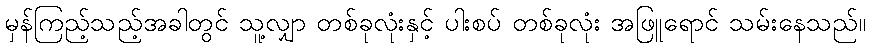
မှန်ကြည့်သည့်အခါတွင် သူ့လျှာ တစ်ခုလုံးနှင့် ပါးစပ် တစ်ခုလုံး အဖြူရောင် သမ်းနေသည်။